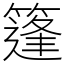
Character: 篷